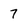
Character: 7